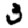
Digit: 3